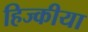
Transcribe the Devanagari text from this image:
हिज्कीया